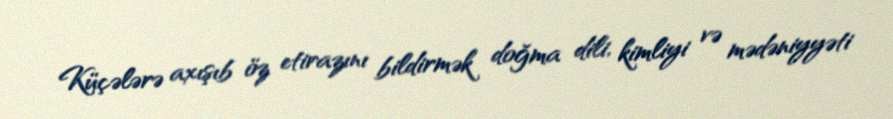
Küçələrə axışıb öz etirazını bildirmək doğma dili, kimliyi və mədəniyyəti